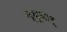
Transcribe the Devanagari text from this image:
न्यूयार्